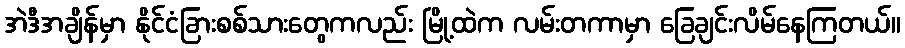
အဲဒီအချိန်မှာ နိုင်ငံခြားစစ်သားတွေကလည်း မြို့ထဲက လမ်းတကာမှာ ခြေချင်းလိမ်နေကြတယ်။